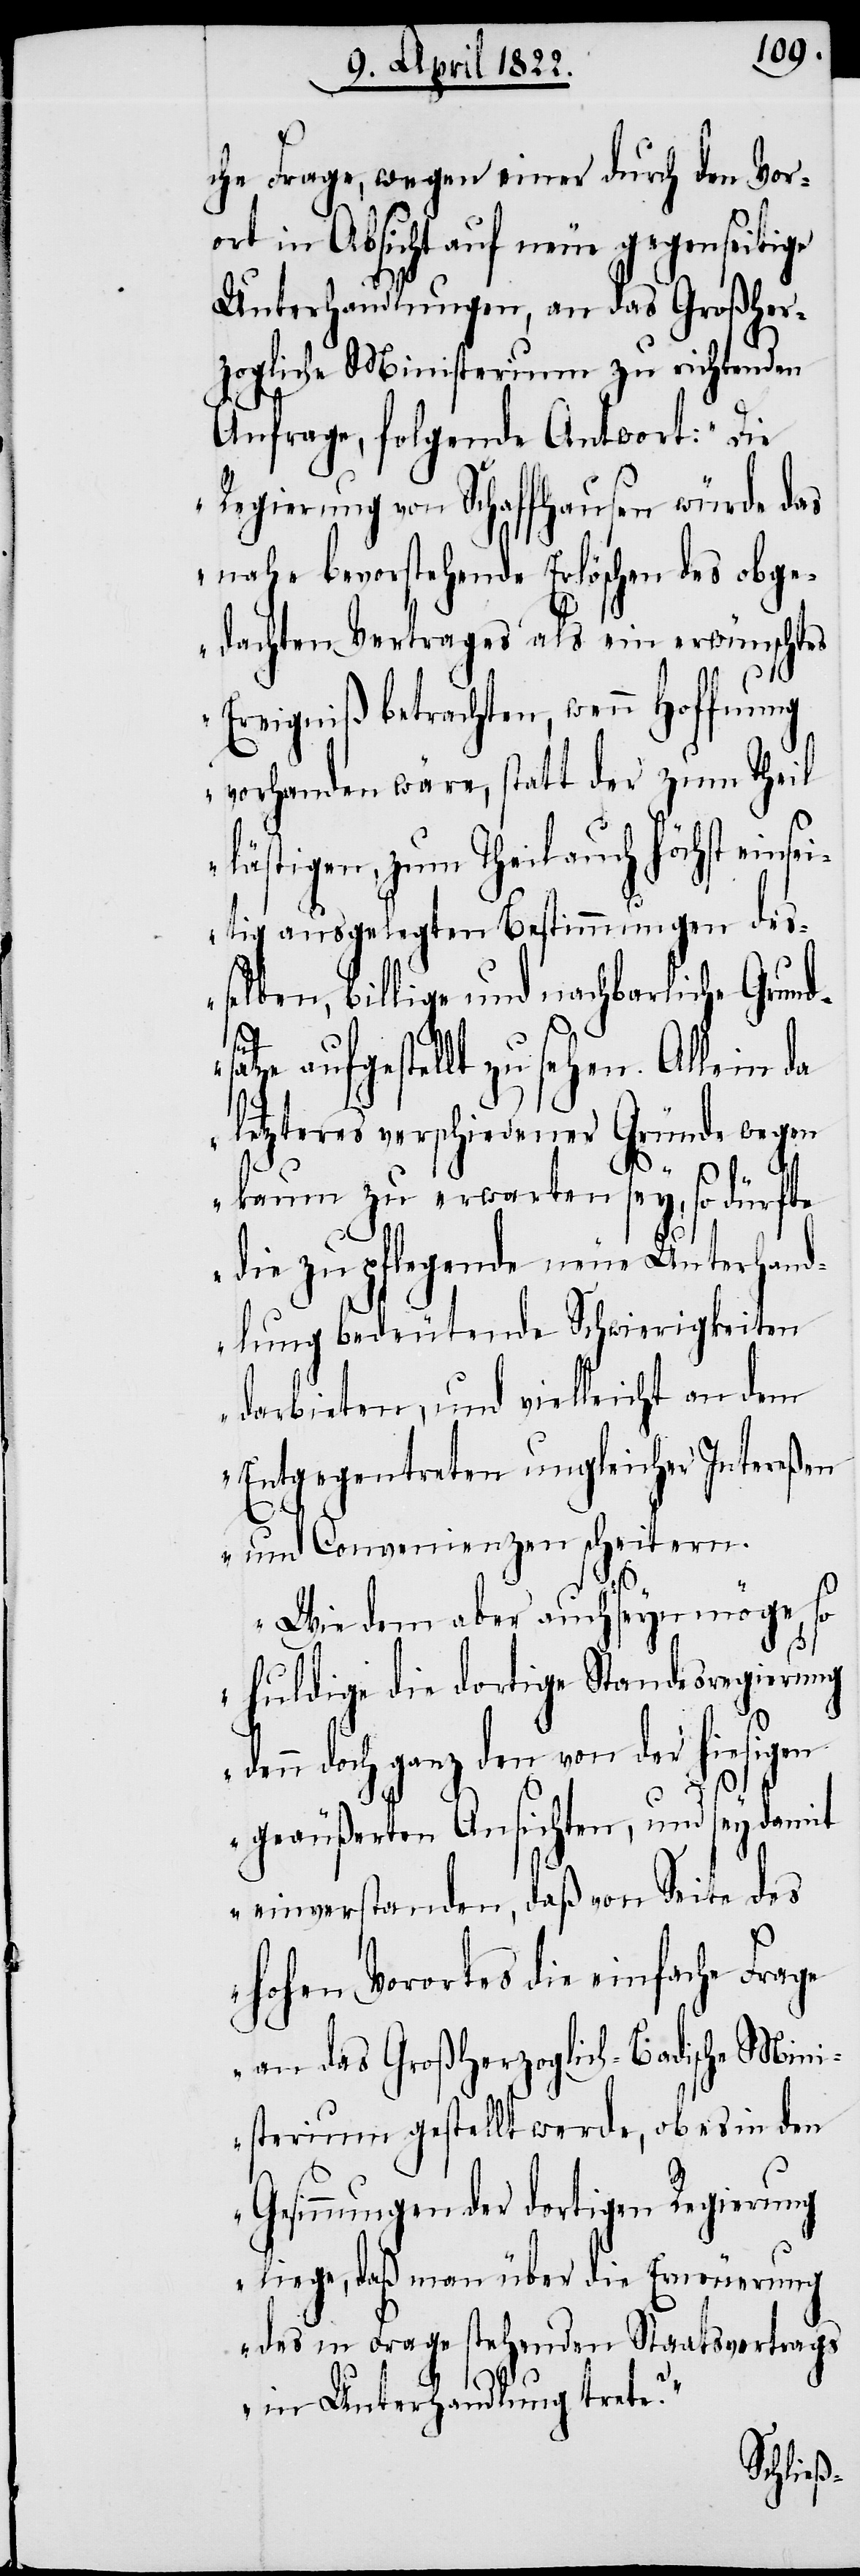
che Frage, wegen einer durch den Vor¬
ort in Absicht auf neue gegenseitige
Unterhandlungen, an das Großher¬
zogliche Ministerium zu richtenden
Anfrage, folgende Antwort: „Die
Regierung von Schaffhausen würde das
nahe bevorstehende Erlöschen des obge¬
dachten Vertrages als ein erwünschtes
Ereigniß betrachten, wenn Hoffnung
vorhanden wäre, statt der zum Theil
lästigen, zum Theil auch höchst einse¬
itig ausgelegten Bestimmungen dess¬
elben, billige und nachbarliche Grund¬
tze aufgestellt zu sehen. Allein
letzteres verschiedener Gründe wegen
de¬
kaum zu erwarten sey, so dürfte
die zu pflegende neue Unterhand¬
lung bedeutende Schwierigkeiten
darbieten, und vielleicht an dem
Entgegentreten ungleiche Intereßen
und Convenienzen scheitern.
Wie dem aber auch seyn möge, so
huldige die dortige Standesregierung
nn doch ganz den von der hiesigen
geäußerten Ansichten, und sey damit
einverstanden, daß von Seite des
hohen Vorortes die einfache Frage
an das Großherzoglich-Badische Mini¬
sterium gestellt werde, ob es in den
Gesinnungen der dortigen Regierung
liege, daß man über die Erneuerung
des in Frage stehenden Staatsvertrags
in Unterhandlung trete?“